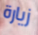
زيارة